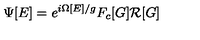
\Psi [ E ] = e ^ { i \Omega [ E ] / g } F _ { c } [ G ] { \cal R } [ G ]